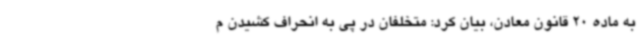
به ماده 20 قانون معادن، بیان کرد: متخلفان در پی به انحراف کشیدن م